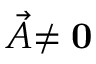
\stackrel { \triangledown } { \vec { A } } \ne { \bf 0 }